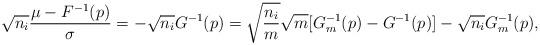
LaTeX: \begin{align*} \sqrt{n_i} \frac{ \mu - F^{-1}(p) }{ \sigma } & = - \sqrt{n_i} G^{-1}(p) = \sqrt{\frac{n_i}{m}} \sqrt{m}[G_m^{-1}(p) - G^{-1}(p) ] - \sqrt{n_i} G_m^{-1}(p), \end{align*}